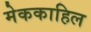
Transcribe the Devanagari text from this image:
मेककाहिल